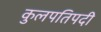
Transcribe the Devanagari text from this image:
कुलपतिपदी